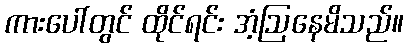
ကားပေါ်တွင် ထိုင်ရင်း အံ့ဩနေမိသည်။